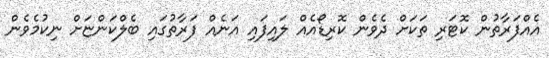
އެއްފަރާތުން ކޮޓަރި ތަކަށް ދެވެން ކޮރިޑޯއެއް ލައިފައި އަނެއް ފަރާތުގައި ބެލްކަންޏަށް ނިކުމެވެން